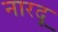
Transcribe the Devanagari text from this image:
नारदू